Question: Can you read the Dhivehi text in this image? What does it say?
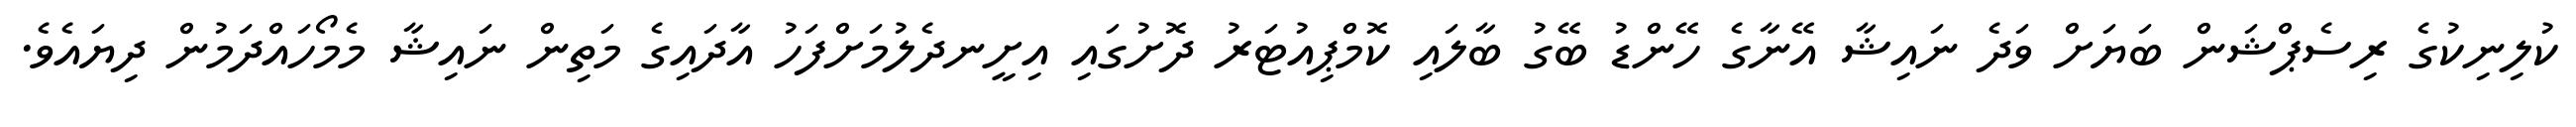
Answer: ކުލިނިކުގެ ރިސެޕްޝަން ބަޔަށް ވަދެ ނައިޝާ އޭނާގެ ހޭންޑު ބޭގު ބާލައި ކޮމްޕިއުޓަރު ދޮށުގައި އިށީނދެލުމަށްފަހު އާދައިގެ މަތިން ނައިޝާ މެމޯހައްދަމުން ދިޔައެވެ.